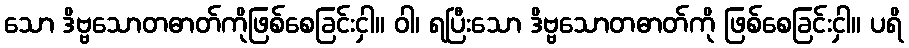
သော ဒိဗ္ဗသောတဓာတ်ကိုဖြစ်စေခြင်းငှါ။ ဝါ၊ ရပြီးသော ဒိဗ္ဗသောတဓာတ်ကို ဖြစ်စေခြင်းငှါ။ ပရိ